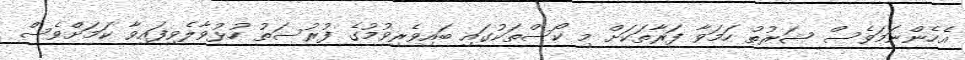
އެހެންނަމަވެސް ޝަރުތު ހަމަވާ ފަރާތަކަށް މި ކޯސްތަކުގައި ބައިވެރިވުމުގެ ފުރުސަތު ހުޅުވާލެވިފައިވާ ކަމަށްވެސް